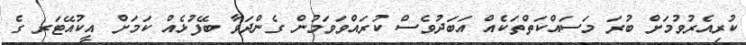
ކުރިއެރުވުމަށް ބުރަ މަސައްކަތްތަކެއް އަބަދުވެސް ކުރައްވަވަމުން ގެންދަވާ ބޭފުޅެއް ކަަމަށް އީކުއޭޓަރ ގެ